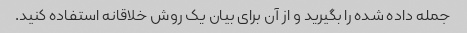
جمله داده شده را بگیرید و از آن برای بیان یک روش خلاقانه استفاده کنید.